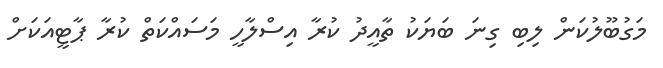
މަގުބޫލުކަން ލިބި ގިނަ ބަޔަކު ތާއީދު ކުރާ އިސްލާހީ މަސައްކަތް ކުރާ ޕާޓީއަކަށް